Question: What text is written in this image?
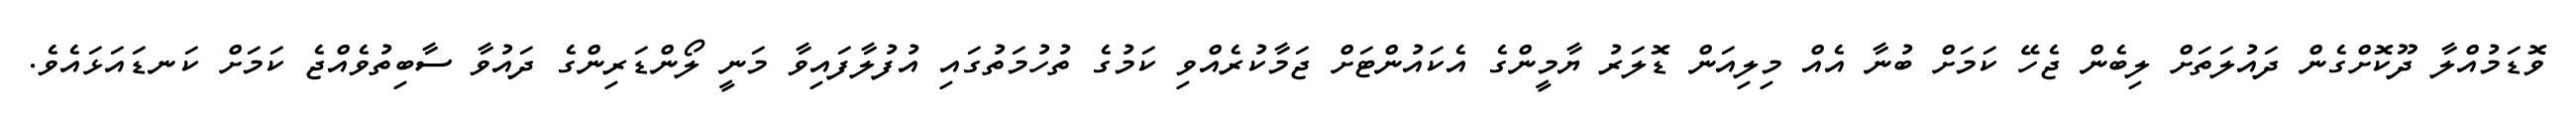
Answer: ވޮޑަމުއްލާ ދޫކޮށްގެން ދައުލަތަށް ލިބެން ޖެހޭ ކަމަށް ބުނާ އެއް މިލިއަން ޑޮލަރު ޔާމީންގެ އެކައުންޓަށް ޖަމާކުރެއްވި ކަމުގެ ތުހުމަތުގައި އުފުލާފައިވާ މަނީ ލޯންޑަރިންގެ ދައުވާ ސާބިތުވެއްޖެ ކަމަށް ކަނޑައަޅައެވެ.